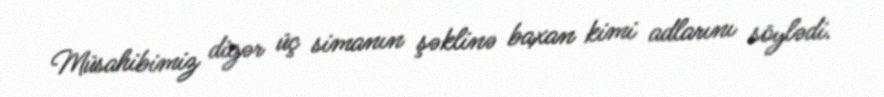
Müsahibimiz digər üç simanın şəklinə baxan kimi adlarını söylədi.